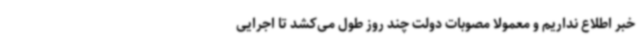
خبر اطلاع نداریم و معمولاً مصوبات دولت چند روز طول می‌کشد تا اجرایی